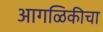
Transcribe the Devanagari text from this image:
आगळिकीचा